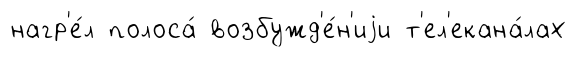
нагр'е́л полоса́ возбужд'е́н'иjи т'ел'екана́лах